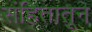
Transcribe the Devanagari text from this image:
संहितातून